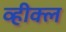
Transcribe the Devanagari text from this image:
व्हीक्ल